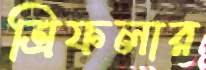
ত্রিফলার